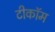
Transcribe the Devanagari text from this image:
टीकॉम